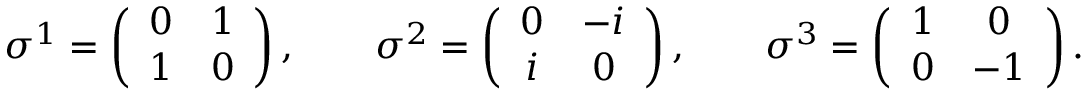
\sigma ^ { 1 } = \left( \begin{array} { c c } { { 0 } } & { { 1 } } \\ { { 1 } } & { { 0 } } \end{array} \right) , \qquad \sigma ^ { 2 } = \left( \begin{array} { c c } { { 0 } } & { { - i } } \\ { { i } } & { { 0 } } \end{array} \right) , \qquad \sigma ^ { 3 } = \left( \begin{array} { c c } { { 1 } } & { { 0 } } \\ { { 0 } } & { { - 1 } } \end{array} \right) .